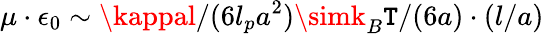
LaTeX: \mu\cdot\epsilon_{0}\sim\kappal/(6l_{p}a^{2})\simk_{B}\mathtt{T}/(6a)\cdot(l/a)